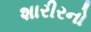
શારીરનો